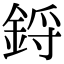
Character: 鋝